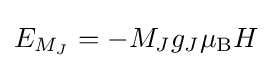
E_{M_{J}}=-M_{J}g_{J}\mu _{\mathrm {B} }H